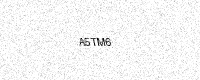
Text: A5TM6